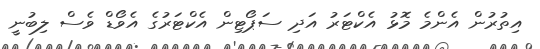
އިތުރުން އެންމެ މޮޅު އެކްޓަރު އަދި ސަޕޯޓިން އެކްޓަރުގެ އެވޯޑް ވެސް ލިބުނީ